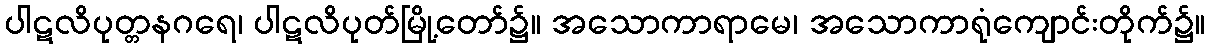
ပါဋလိပုတ္တနဂရေ၊ ပါဋလိပုတ်မြို့တော်၌။ အသောကာရာမေ၊ အသောကာရုံကျောင်းတိုက်၌။